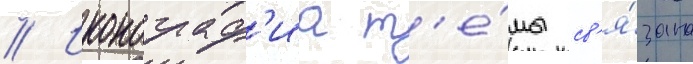
// Иконограф'иа т'е́мы св'я́зана